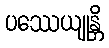
ပဿေယျုန္တိ